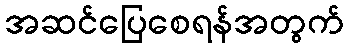
အဆင်ပြေစေရန်အတွက်